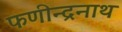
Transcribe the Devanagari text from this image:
फणीन्द्रनाथ